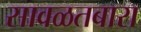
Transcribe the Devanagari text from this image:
सावळतबारा